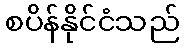
စပိန်နိုင်ငံသည်